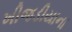
ખીજડીયાના